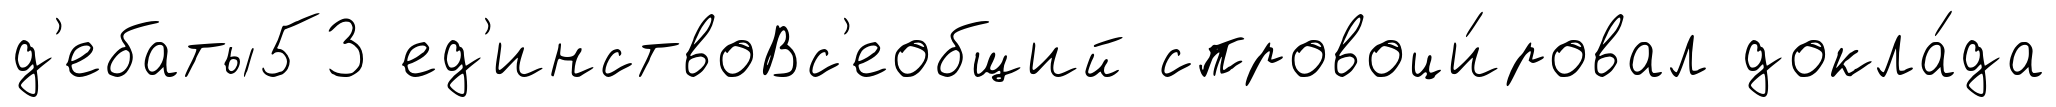
д'ебаты53 ед'инствоВс'еобщий спровоци́ровал докла́да